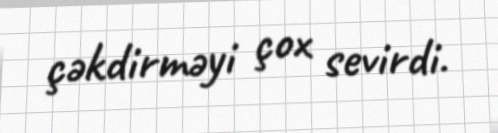
çəkdirməyi çox sevirdi.